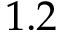
1 . 2